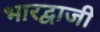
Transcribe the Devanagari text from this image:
भारद्वाजी